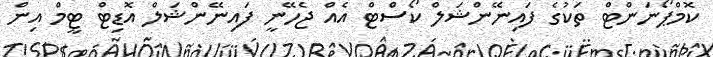
ކޮމްޕޯނަންޓް ތަކުގެ ފައިނޭންޝަލް ކޯސްޓް އެއް ޖެހޭނީ ފައިނޭންޝަލް އޮޑިޓް ޓީމް އިން